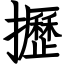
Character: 攊